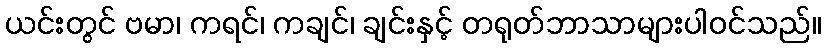
ယင်းတွင် ဗမာ၊ ကရင်၊ ကချင်၊ ချင်းနှင့် တရုတ်ဘာသာများပါဝင်သည်။